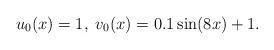
LaTeX: \begin{align*}u_0(x)=1,\; v_0(x)=0.1\sin(8x)+1.\end{align*}